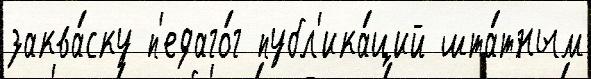
заква́ску п'едаго́г публ'ика́ций шта́тным